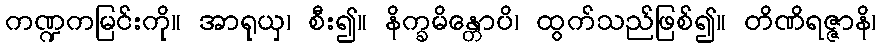
ကဏ္ဍကမြင်းကို။ အာရုယှ၊ စီး၍။ နိက္ခမိန္တောပိ၊ ထွက်သည်ဖြစ်၍။ တိဏိရဇ္ဇာနိ၊